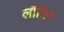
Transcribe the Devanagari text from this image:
लॉतिन